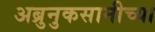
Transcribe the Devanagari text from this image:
अब्रुनुकसानीच्या